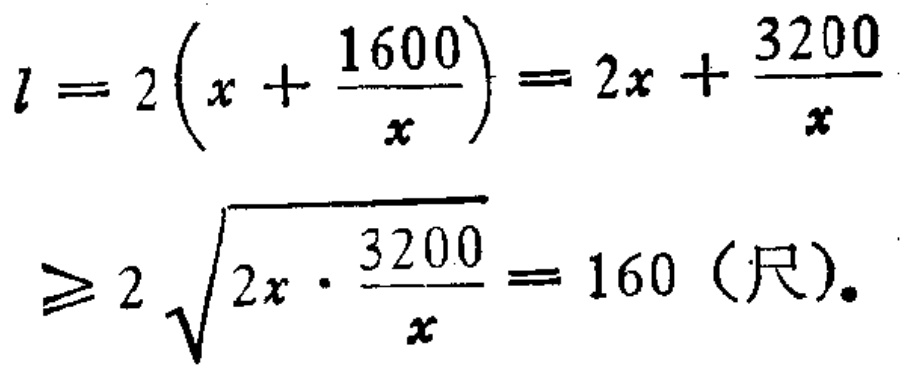
\[
\begin{align*}
l&=2\left(x + \frac{1600}{x}\right)=2x+\frac{3200}{x}\\
&\geqslant2\sqrt{2x\cdot\frac{3200}{x}} = 160 \text{（尺）}.
\end{align*}
\]